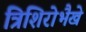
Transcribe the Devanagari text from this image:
त्रिशिरोभैखे